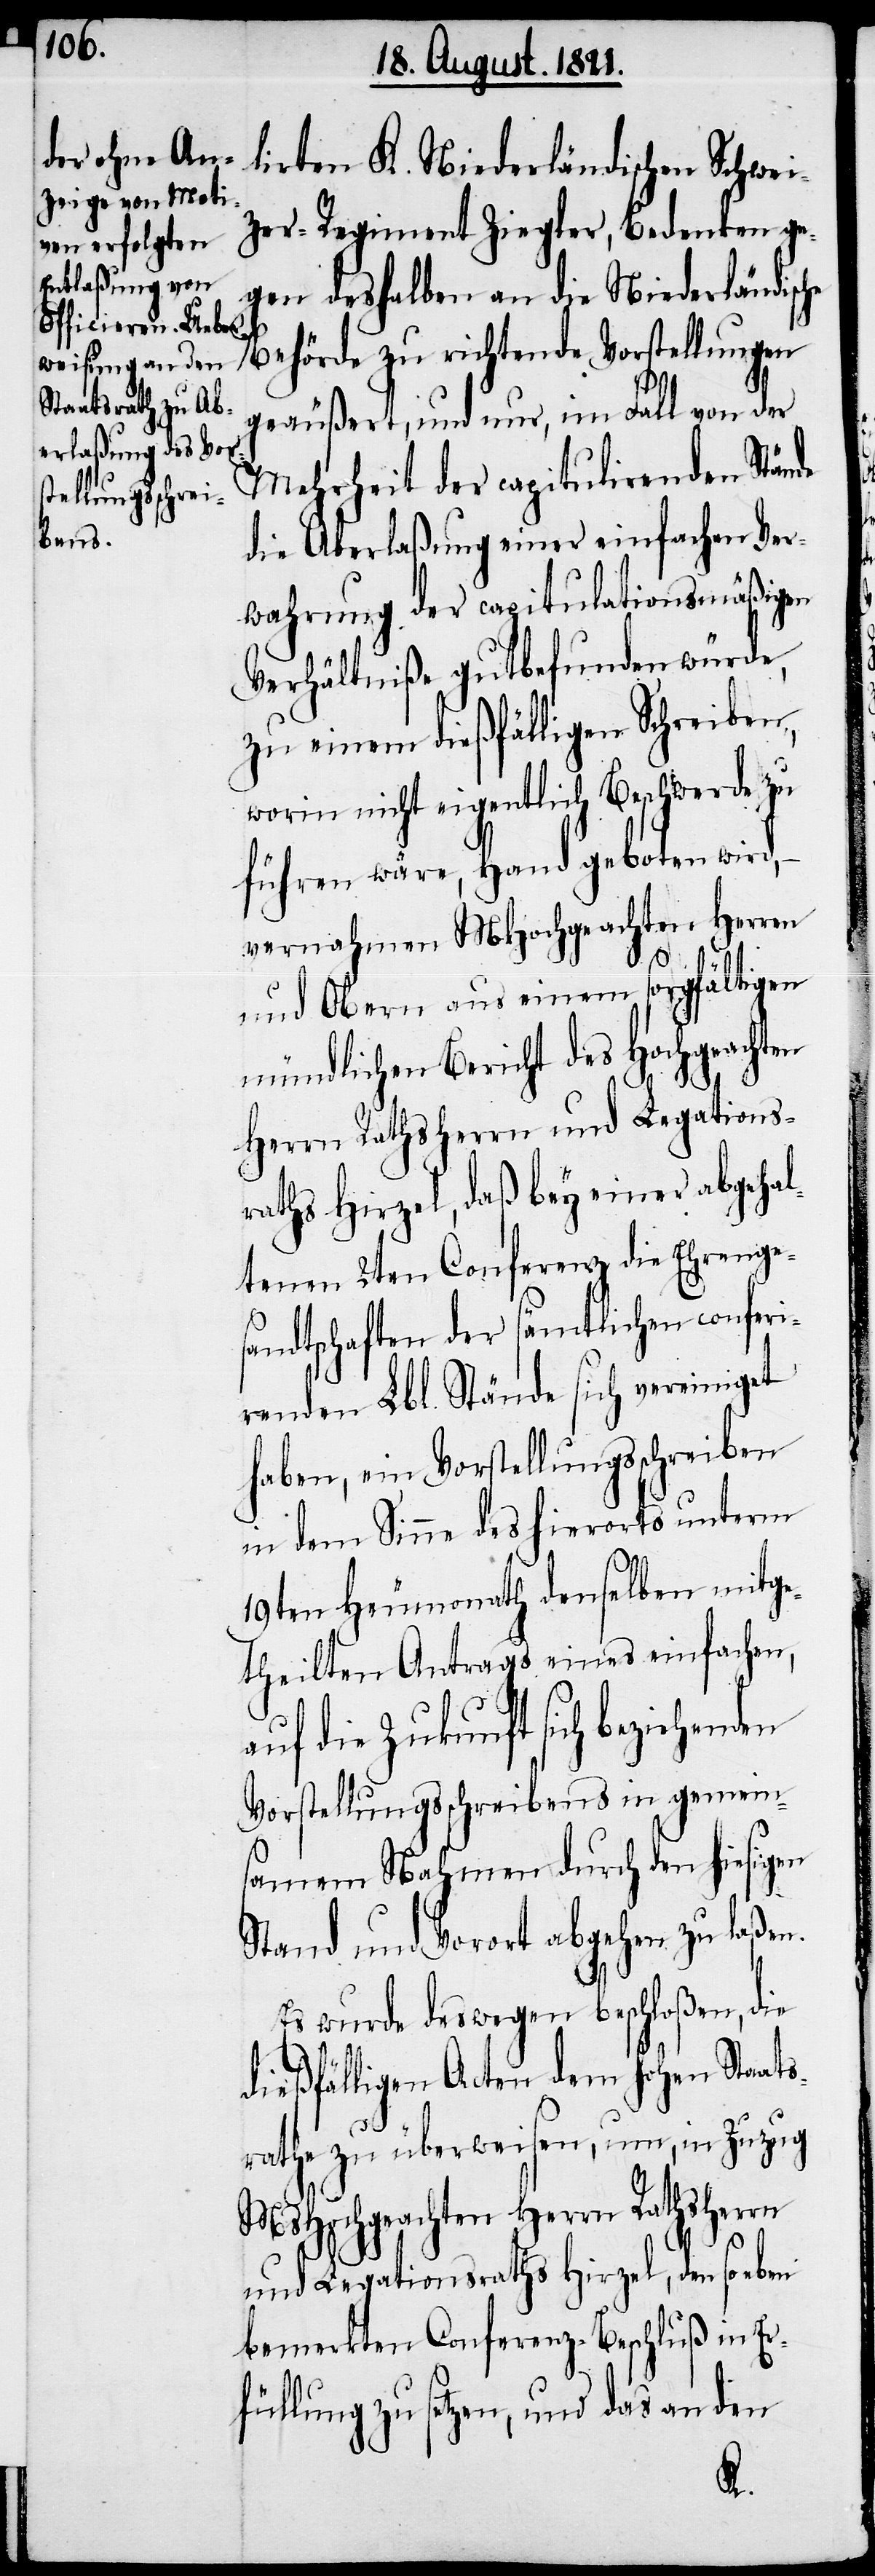
lirten K. Niederländischen Schwei¬
zer-Regiment Ziegler, bedenken ge¬
gen deshalben an die Niederländische
Behörde zu richtende Vorstellungen
geäußert, und nur, im Fall von der
Mehrheit der capitulirten Stände
die Aberlaßung einer einfachen Ver¬
wahrung der capitulationsmäßigen
Verhältniße gutbefunden würde,
zu einem dießfälligen Schreiben,
worin nicht eigentlich Beschwerde zu
führen wäre, Hand geboten wird,
vernahmen MHochgeachten Herren
und Obern aus einem sorgfältigen
mündlichen Bericht des Hochgeachten
Herrn Rathsherrn und Legations¬
raths Hirzel, daß bey einer abgeha¬
ltenen 2ten Conferenz die Ehrenge¬
sandtschaften der sämtlichen conferi¬
renden Lbl. Stände sich vereinigt
haben, ein Vorstellungsschreiben
in dem Sinne des hierorts unterm
19ten Heumonath denselben mitge¬
theilten Antrags eines einfachen,
auf die Zukunft sich beziehenden
Vorstellungsschreibens in gemein¬
samem Nahmen durch hiesigen
Stand und Vorort abgehen zu laßen.
Es wurde deswegen beschloßen, die
dießfälligen Acten dem hohen Staats¬
rathe zu überweisen, um, in Zuzug
MsHochgeachten Herrn Rathsherrn
und Legationsraths Hirzel, den so eben
bemerkten Conferenz-Beschluß in Er¬
füllung zu setzen, und das an den